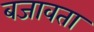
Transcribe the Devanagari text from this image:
बजावता